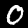
Label: 0